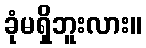
ခုံမရှိဘူးလား။